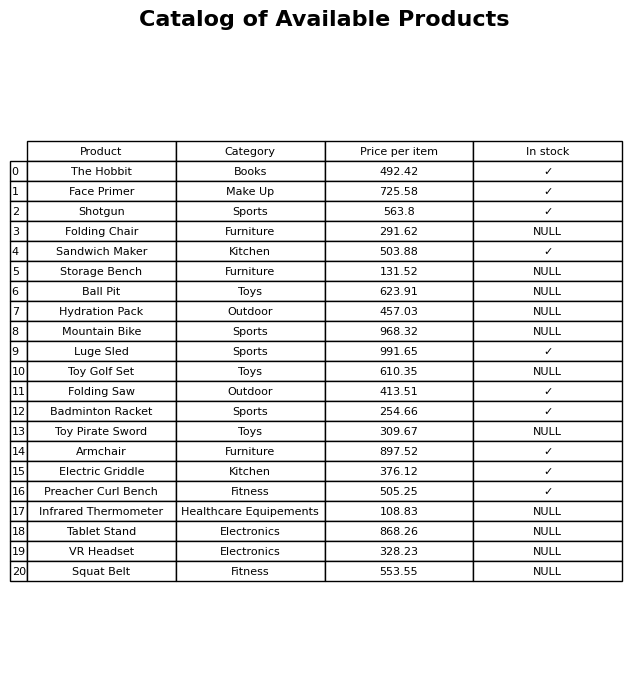
question: What is the price of the Storage Bench?
answer: The price of Storage Bench is 131.52.